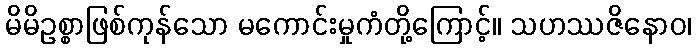
မိမိဥစ္စာဖြစ်ကုန်သော မကောင်းမှုကံတို့ကြောင့်။ သဟဿဇိနောဝ၊